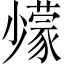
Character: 𡮹